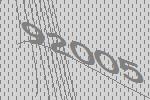
92005